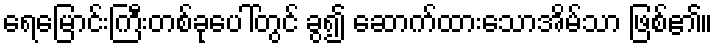
ရေမြောင်းကြီးတစ်ခုပေါ်တွင် ခွ၍ ဆောက်ထားသောအိမ်သာ ဖြစ်၏။